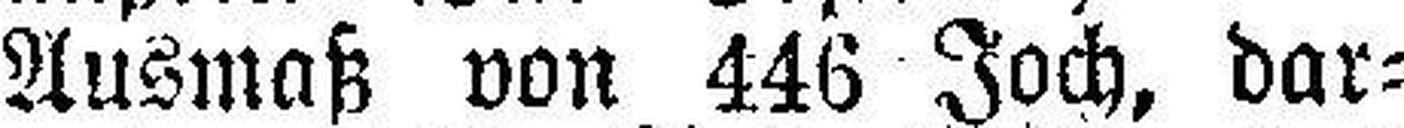
Ausmaß von 446 Joch, dar¬